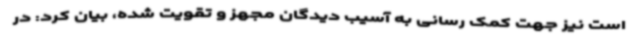
است نیز جهت کمک رسانی به آسیب دیدگان مجهز و تقویت شده، بیان کرد: در